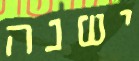
ישנה